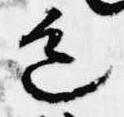
色